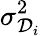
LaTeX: \sigma_{\mathcal{D}_{i}}^{2}